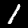
Label: 1